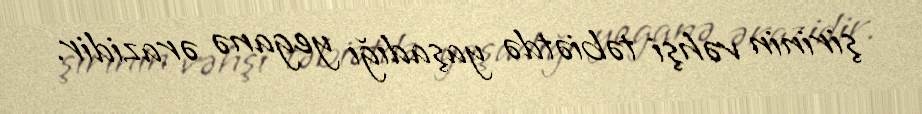
şirinin vəhşi təbiətdə yaşadığı yeganə ərazidir.